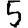
Digit: 5